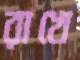
রাখে